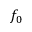
f _ { 0 }